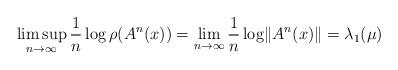
LaTeX: \begin{align*} \limsup_{n\to \infty}\frac 1 n \log \rho(A^n(x))=\lim_{n\to \infty}\frac 1 n \log \lVert A^n(x)\rVert=\lambda_1(\mu) \end{align*}